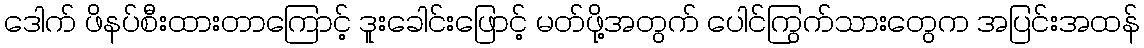
ဒေါက် ဖိနပ်စီးထားတာကြောင့် ဒူးခေါင်းဖြောင့် မတ်ဖို့အတွက် ပေါင်ကြွက်သားတွေက အပြင်းအထန်